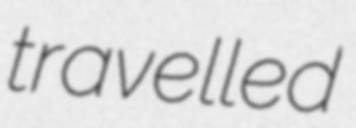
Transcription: travelled